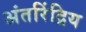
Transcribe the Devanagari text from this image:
अंतरिंद्रिय